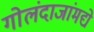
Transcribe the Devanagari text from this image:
गोलंदाजांमद्ये